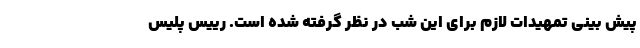
پیش بینی تمهیدات لازم برای این شب در نظر گرفته شده است. رییس پلیس